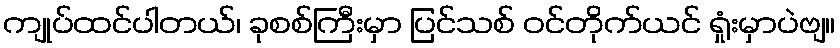
ကျုပ်ထင်ပါတယ်၊ ခုစစ်ကြီးမှာ ပြင်သစ် ဝင်တိုက်ယင် ရှုံးမှာပဲဗျ။